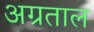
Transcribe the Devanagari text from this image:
अग्रताल